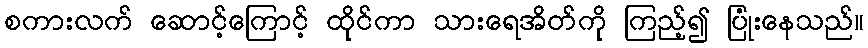
စကားလက် ဆောင့်ကြောင့် ထိုင်ကာ သားရေအိတ်ကို ကြည့်၍ ပြုံးနေသည်။